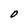
Character: O